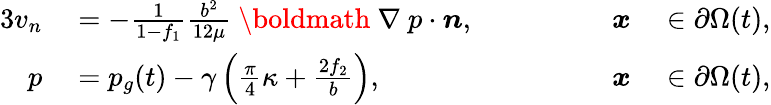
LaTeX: \begin{array}{rlrl}{{3}v_{n}}&{{}=-\frac{1}{1-f_{1}}\frac{b^{2}}{12\mu}\mathrm{~\boldmath~\nabla~}p\cdot\boldsymbol{n},\qquad\qquad}&{\boldsymbol{x}}&{{}\in\partial\Omega(t),}\\ {p}&{{}=p_{g}(t)-\gamma\left(\frac{\pi}{4}\kappa+\frac{2f_{2}}{b}\right),\qquad\qquad}&{\boldsymbol{x}}&{{}\in\partial\Omega(t),}\end{array}